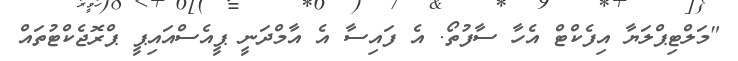
"މަލްޓިޕްލަޔާ އިފެކްޓް އެހާ ސާފުތޯ. އެ ފައިސާ އެ އާމްދަނީ ޕީއެސްއައިޕީ ޕްރޮޖެކްޓުތައް